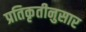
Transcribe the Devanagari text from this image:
प्रतिकृतीनुसार